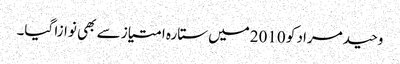
وحید مراد کو 2010میں ستارہ امتیاز سے بھی نوازا گیا۔